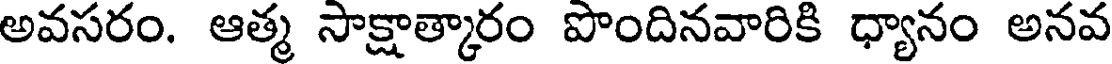
అవసరం. ఆత్మ సాక్షాత్కారం పొందినవారికి ధ్యానం అనవ